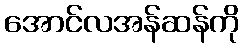
အောင်လအန်ဆန်ကို